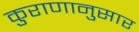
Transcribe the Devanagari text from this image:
कुराणानुसार